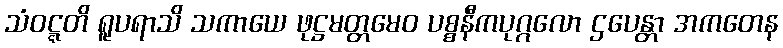
သံဝဋ္ဋတိ ရူပရာသိ သကာယေ ဖုဋ္ဌမတ္တမေဝ ပစ္စနီကပုဂ္ဂလော ဌပေန္တာ အကတေန